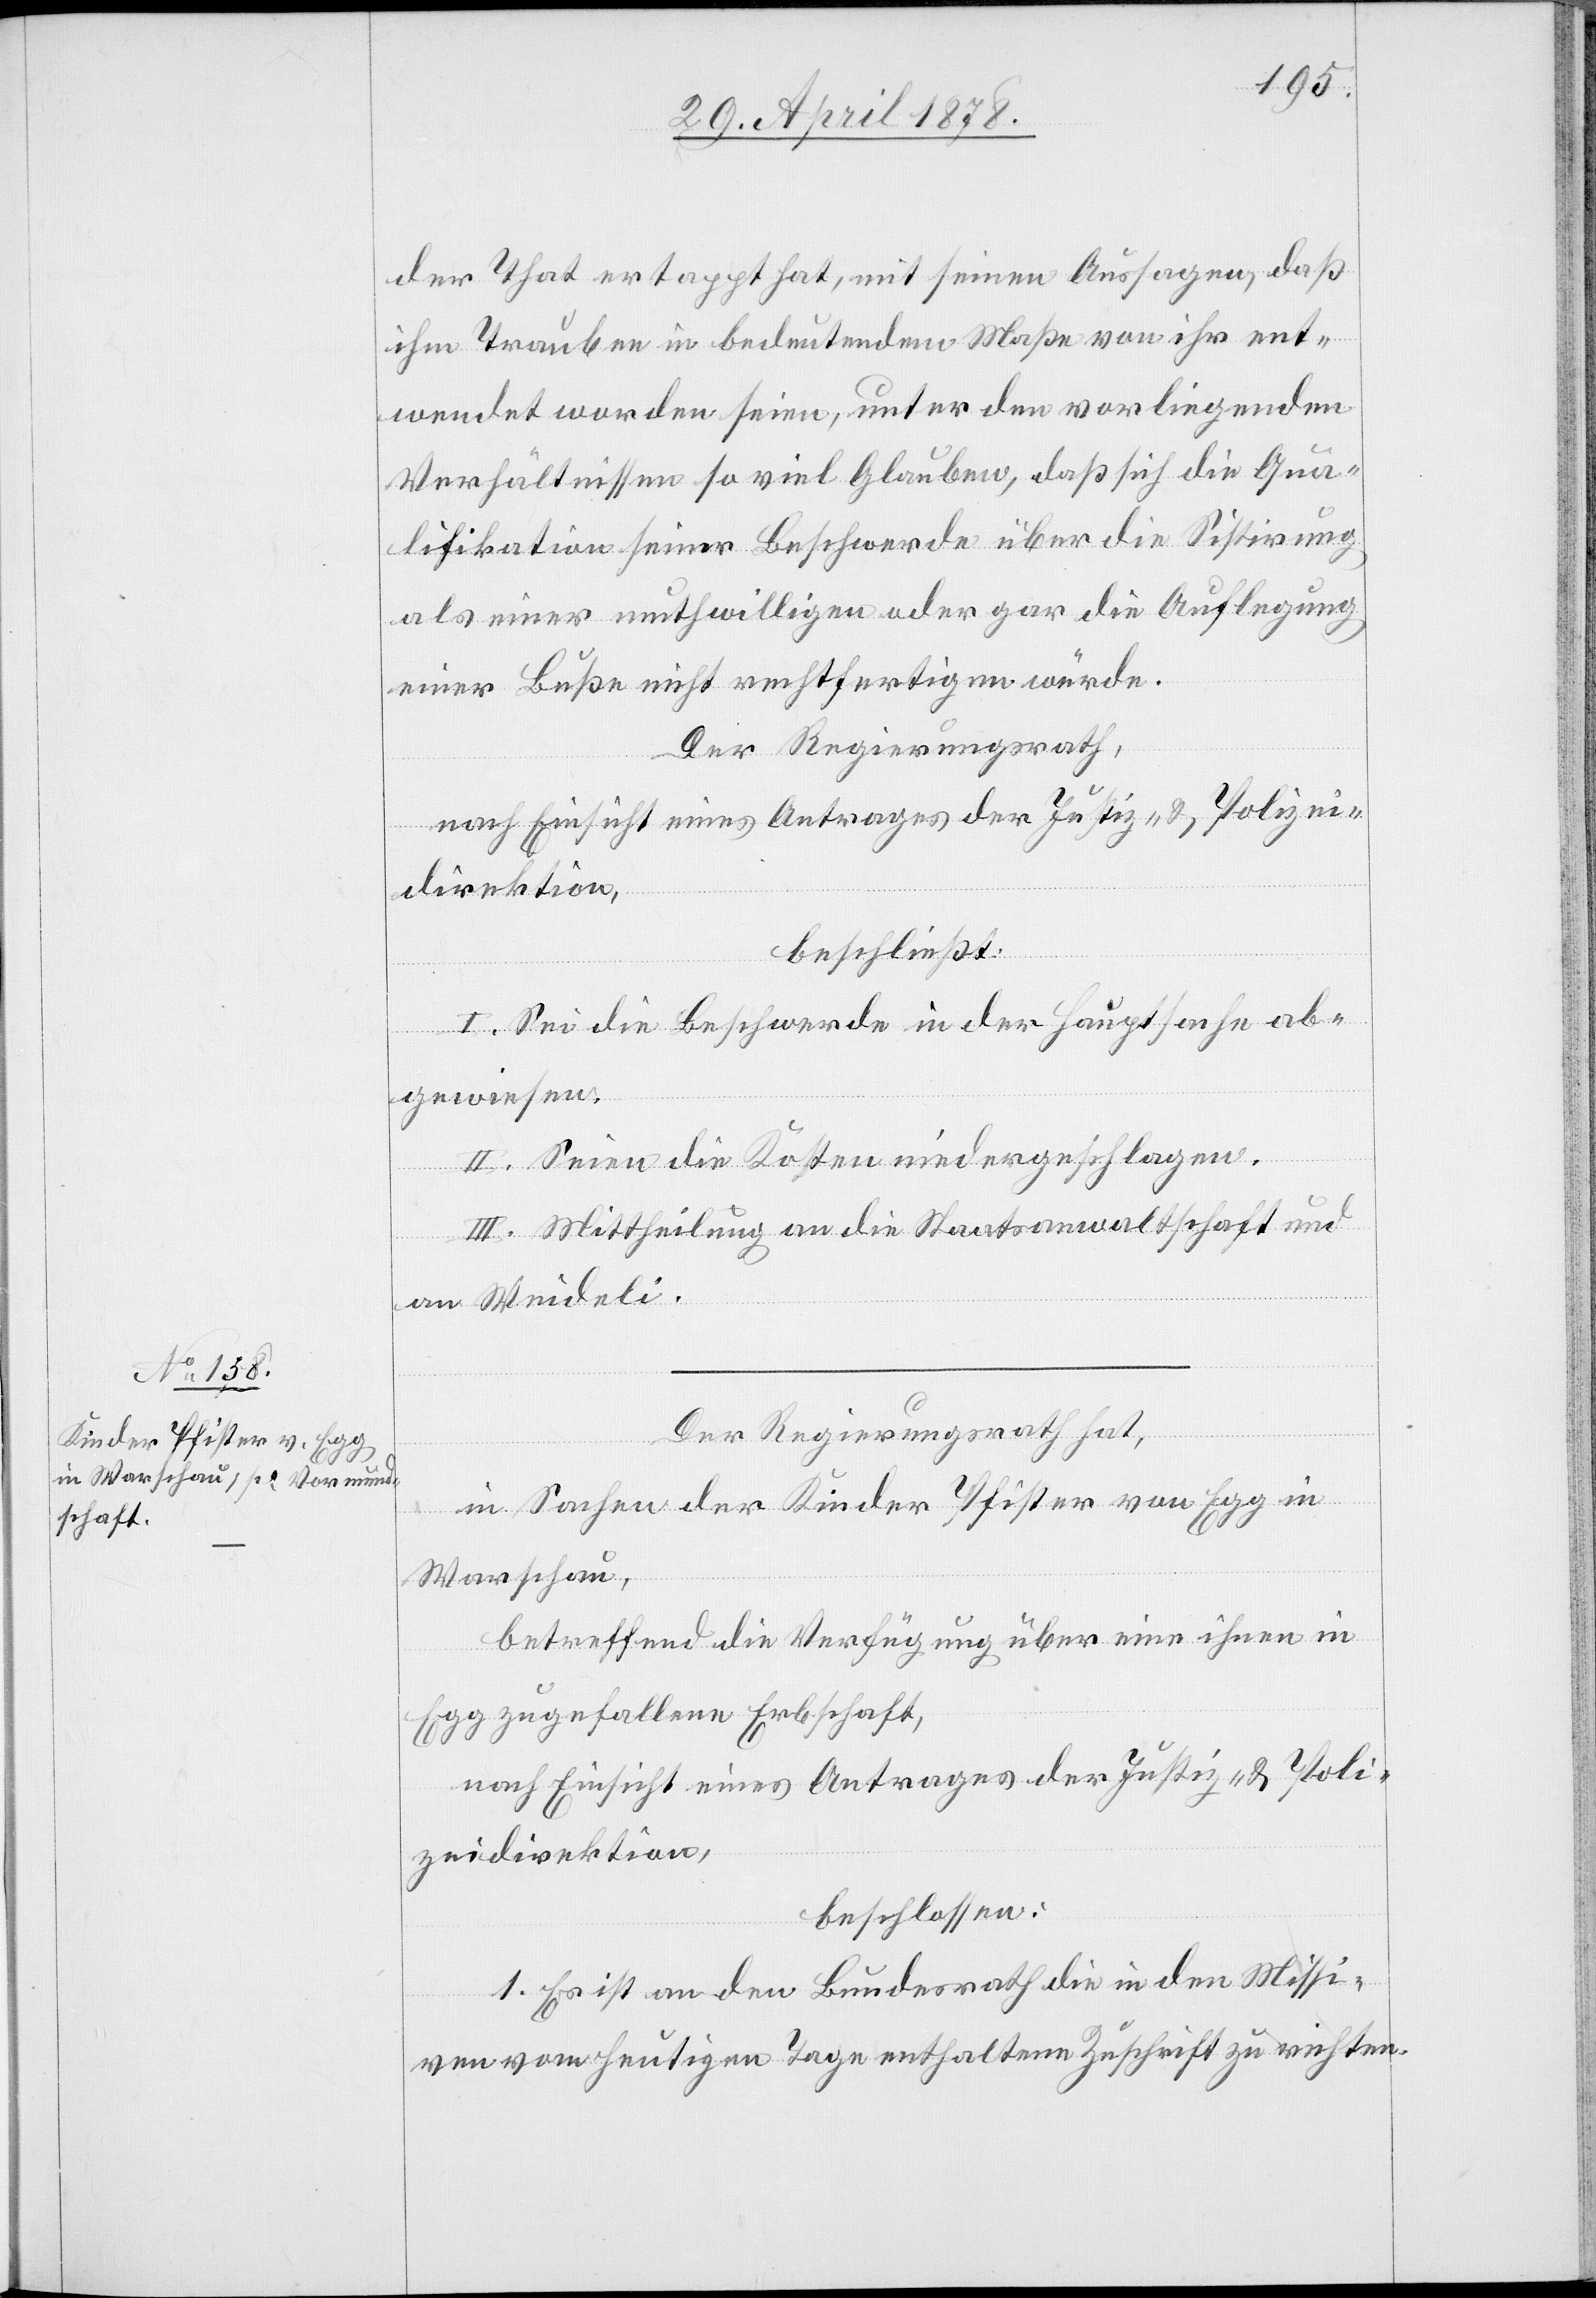
der That ertappt hat, mit seinen Aussagen, daß
ihm Trauben in bedeutender Maße von ihr ent¬
wendet worden seien, unter den vorliegenden
Verhältnissen so viel Glauben, daß sich die Qua¬
lifikation seiner Beschwerde über die Sistirung,
als einer muthwilligen oder gar die Auflegung
einer Buße nicht rechtfertigen würde.
Der Regierungsrath,
nach Einsicht eines Antrages der Justiz- & Polizei¬
direktion,
beschließt:
I. Sei die Beschwerde in der Hauptsache ab¬
gewiesen.
II. Seien die Kosten niedergeschlagen.
III. Mittheilung an die Staatsanwaltschaft und
an Weideli.
Der Regierungsrath hat,
in Sachen der Kinder Pfister von Egg in
Warschau,
betreffend die Verfügung über eine ihnen in
Egg zugefallenen Erbschaft,
nach Einsicht eines Antrages der Justiz- & Poli¬
zeidirektion,
beschlossen:
1. Es ist an den Bundesrath die in den Missi¬
ven vom heutigen Tage enthaltenen Zuschrift zu richten.